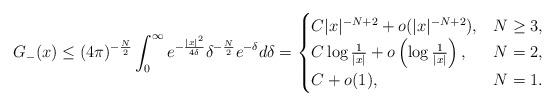
LaTeX: \begin{align*}G_-(x) \le(4 \pi)^{-\frac{N}{2}} \int_0^\infty e^{-\frac{|x|^2}{4 \delta}} \delta^{-\frac{N}{2}}e^{-\delta} d\delta=\begin{cases}C |x|^{-N+2} + o(|x|^{-N+2}), & N \ge 3, \\C \log \frac{1}{|x|} + o \left( \log \frac{1}{|x|} \right), & N=2, \\C + o(1), & N=1.\end{cases}\end{align*}